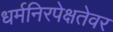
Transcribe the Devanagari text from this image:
धर्मनिरपेक्षतेवर